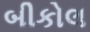
બીકોલ